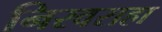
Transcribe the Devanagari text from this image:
निरवराहा